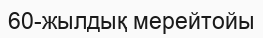
60-жылдық мерейтойы